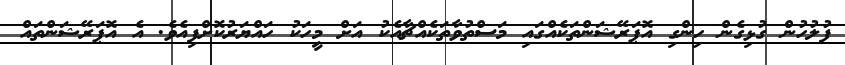
ފުލުހުން ގުޅިގެން ހިންގި އޮޕަރޭޝަންތަކެއްގައި މަސްތުވާތަކެއްޗާއެކު އަށް މީހަކު ހައްޔަރުކޮށްފިއެވެ. އެ އޮޕަރޭޝަންތައް